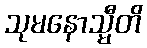
သုမနောသ္မီတိ